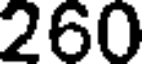
260